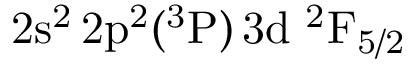
\mathrm { 2 s ^ { 2 } \, 2 p ^ { 2 } ( ^ { 3 } P ) \, 3 d ~ ^ { 2 } F _ { 5 / 2 } }